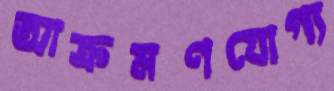
আক্রমণযোগ্য